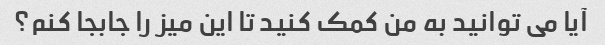
آیا می توانید به من کمک کنید تا این میز را جابجا کنم؟